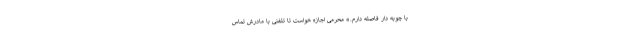
با چوبه دار فاصله دارم.» محرمی اجازه خواست تا تلفنی با مادرش تماس